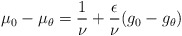
\begin{align*}\mu_{0} - \mu_{\theta} = \frac{1}{\nu} + \frac{\epsilon}{\nu} ( g_0 - g_{\theta}) \end{align*}